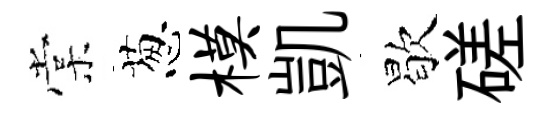
棠葱模凱歇磋